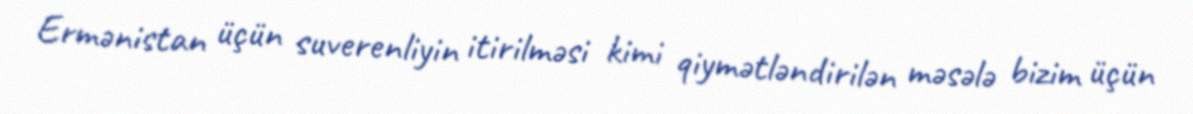
Ermənistan üçün suverenliyin itirilməsi kimi qiymətləndirilən məsələ bizim üçün